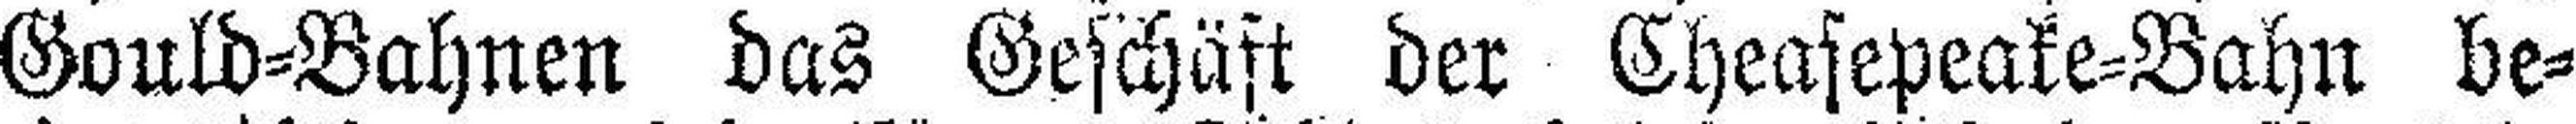
Gould=Bahnen das Geschäft der Cheasepeake=Bahn be¬